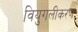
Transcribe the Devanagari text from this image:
वियुगलीकरण